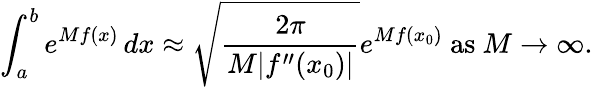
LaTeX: \int_{a}^{b}e^{Mf(x)}\, dx\approx{\sqrt{\frac{2\pi}{M|f^{\prime\prime}(x_{0})|}}}e^{Mf(x_{0})}{\mathrm{~as~}}M\to\infty.